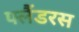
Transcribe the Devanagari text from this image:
फ्लैंडरस